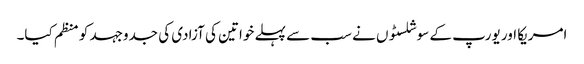
امریکا اور یورپ کے سوشلسٹوں نے سب سے پہلے خواتین کی آزادی کی جدوجہد کو منظم کیا۔